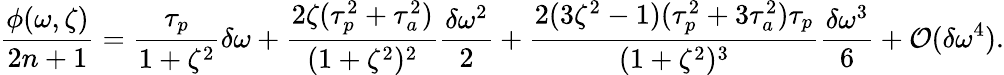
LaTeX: \frac{\phi(\omega,\zeta)}{2n+1}=\frac{\tau_{p}}{1+\zeta^{2}}\delta\omega+\frac{2\zeta(\tau_{p}^{2}+\tau_{a}^{2})}{(1+\zeta^{2})^{2}}\frac{\delta\omega^{2}}{2}+\frac{2(3\zeta^{2}-1)(\tau_{p}^{2}+3\tau_{a}^{2})\tau_{p}}{(1+\zeta^{2})^{3}}\frac{\delta\omega^{3}}{6}+\mathcal{O}(\delta\omega^{4}).